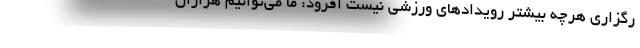
رگزاری هرچه بیشتر رویدادهای ورزشی نیست افزود: ما می‌توانیم هزاران